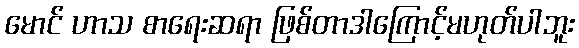
မောင် ဟာသ စာရေးဆရာ ဖြစ်တာဒါကြောင့်မဟုတ်ပါဘူး